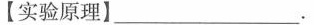
【实验原理】 _______。